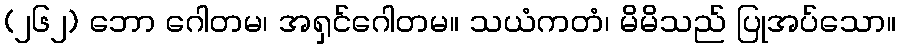
(၂၆၂) ဘော ဂေါတမ၊ အရှင်ဂေါတမ။ သယံကတံ၊ မိမိသည် ပြုအပ်သော။